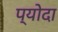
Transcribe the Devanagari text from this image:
प्योदा